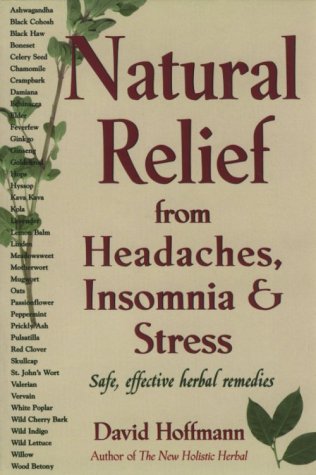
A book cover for Natural Relief from Headaches, Insomnia & Stress: Safe, Effective Herbal Remedies; David Hoffmann; Health, Fitness & Dieting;